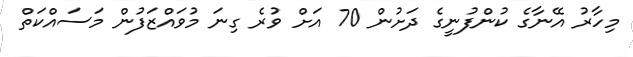
މިހާރު އޭނާގެ ކުންފުނީގެ ދަށުން 70 އަށް ވުރެ ގިނަ މުވައްޒަފުން މަސައްކަތް